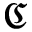
\mathfrak { C }